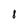
Character: 8